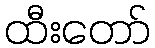
ထီးတော်